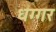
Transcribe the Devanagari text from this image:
धग्गर